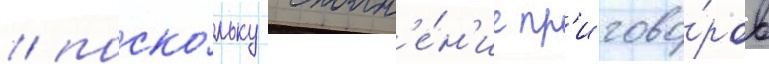
/ поско́льку исполн'е́н'ие пр'игово́ров